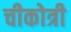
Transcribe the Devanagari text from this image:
चीकोत्री